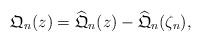
LaTeX: \begin{align*}\mathfrak{Q}_n(z)=\mathfrak{\widehat{Q}}_n(z)-\mathfrak{\widehat{Q}}_n(\zeta_n),\end{align*}